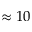
\approx 1 0